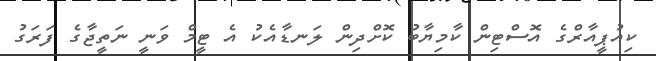
ކިއުޕީއާރްގެ އޮސްޓިން ކާމިޔާބު ކޮށްދިން ލަނޑާއެކު އެ ޓީމް ވަނީ ނަތީޖާގެ ފަރަގު